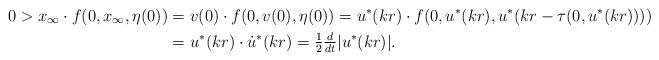
LaTeX: \begin{align*}0> x_\infty\cdot f(0,x_\infty,\eta(0))& =v(0)\cdot f(0,v(0),\eta(0))= u^*(kr)\cdot f(0,u^*(kr),u^*(kr-\tau(0,u^*(kr))))\\& =u^*(kr)\cdot \dot{u}^*(kr) = \tfrac12\tfrac{d}{dt}|u^*(kr)|.\end{align*}